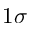
1 \sigma